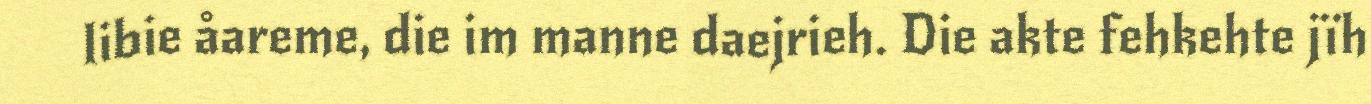
libie åareme, die im manne daejrieh. Die akte fehkehte jïh